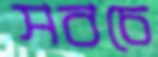
সবচে